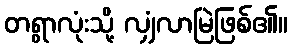
တရွာလုံးသို့ လျှံလာမြဲဖြစ်၏။